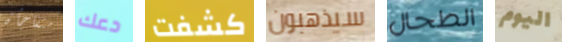
متفاجأة دعك كشفت سيذهبون الطحال اليوم